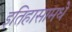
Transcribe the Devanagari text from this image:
इतिहासामधे